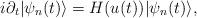
LaTeX: \begin{align*}i \partial_t |\psi_n(t)\rangle = H(u(t))|\psi_n(t)\rangle,\end{align*}